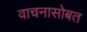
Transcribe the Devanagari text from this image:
वाचनासोबत